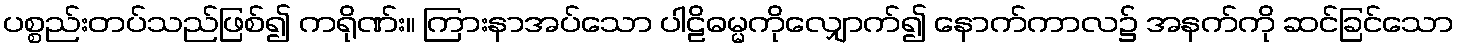
ပစ္စည်းတပ်သည်ဖြစ်၍ ကရိုဏ်း။ ကြားနာအပ်သော ပါဠိဓမ္မကိုလျှောက်၍ နောက်ကာလ၌ အနက်ကို ဆင်ခြင်သော